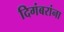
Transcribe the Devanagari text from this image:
दिगंबरांना